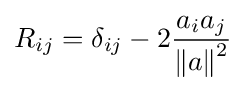
R_{ij}=\delta _{ij}-2{\frac {a_{i}a_{j}}{\left\|a\right\|^{2}}}